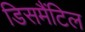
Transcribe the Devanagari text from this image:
डिसमैंटिल